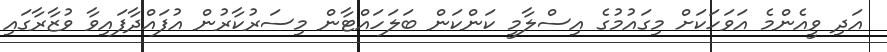
އަދި ވީއެންމެ އަވަހަކަށް މިގައުމުގެ އިސްލާމީ ކަންކަން ބަލަހައްޓާން މިސަރުކާރުން އުފައްދާފައިވާ ވުޒާރާގައި